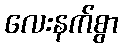
လေးနက်စွာ